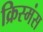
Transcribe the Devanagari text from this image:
क्रिस्मंस